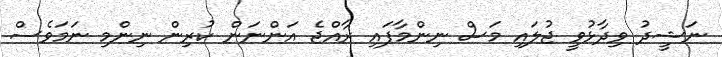
ނަޝީދު ވިދާޅުވީ ޖުލައި މަސް ނިންމާފައި ރާއްޖެ އަންނަން ކުރިން ނިންމި ނަމަވެސް